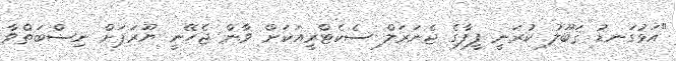
"އަޅުގަނޑު ޤަބޫލު ކުރަނީ ފީފާގެ ޖެނަރަލް ސެކެޓްރީއަކަށް ވާން ޖެހޭނީ ޔޫރަޕަށް ނިސްބަތްވާ